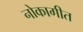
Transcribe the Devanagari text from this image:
नोकागीत